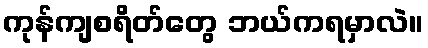
ကုန်ကျစရိတ်တွေ ဘယ်ကရမှာလဲ။